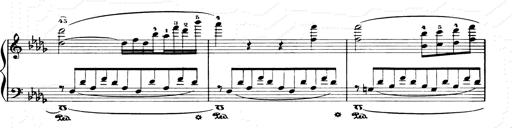
Title: Consolations and LiebestrÃ¤ume for the Piano
Composer: Franz Liszt